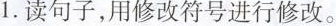
1.读句子，用修改符号进行修改。